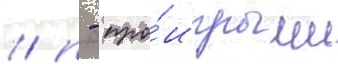
/ п - про́игрыши